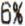
6%